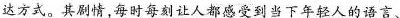
达方式。其剧情每时每刻让人都感受到当下年轻人的语言